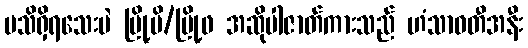
မသိရှိရသေးပဲ မြို့မိ/မြို့ဖ အဆိုပါဇာတ်ကားသည် ဟံသာဝတီအနီး